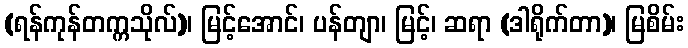
(ရန်ကုန်တက္ကသိုလ်)၊ မြင့်အောင်၊ ပန်တျာ၊ မြင့်၊ ဆရာ (ဒါရိုက်တာ)၊ မြစိမ်း